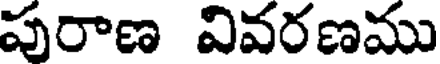
పురాణ వివరణము